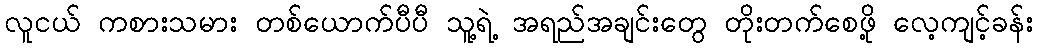
လူငယ် ကစားသမား တစ်ယောက်ပီပီ သူ့ရဲ့ အရည်အချင်းတွေ တိုးတက်စေဖို့ လေ့ကျင့်ခန်း